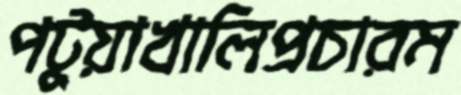
পটুয়াখালিপ্রচারম